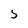
Character: S